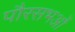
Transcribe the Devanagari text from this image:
पौरसभओं